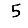
Digit: 5